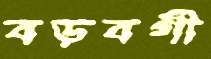
বড়বগী